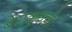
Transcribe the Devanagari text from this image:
बेराक्रुथची